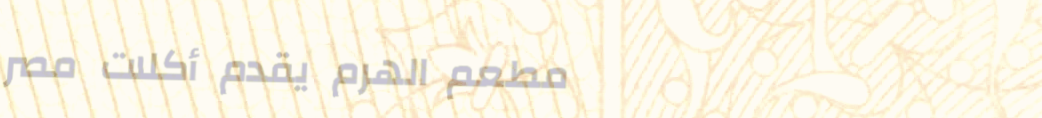
مطعم الهرم يقدم أكلات مصر